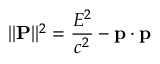
\| \mathbf { P } \| ^ { 2 } = { \frac { E ^ { 2 } } { c ^ { 2 } } } - \mathbf { p } \cdot \mathbf { p }